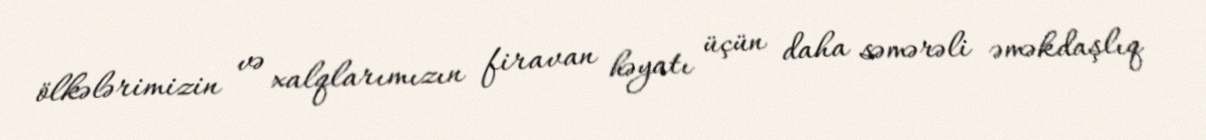
ölkələrimizin və xalqlarımızın firavan həyatı üçün daha səmərəli əməkdaşlıq